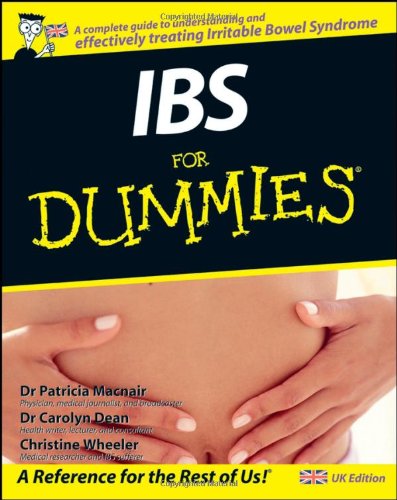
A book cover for IBS For Dummies; Patricia Macnair; Health, Fitness & Dieting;